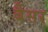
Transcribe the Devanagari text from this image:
बैसर